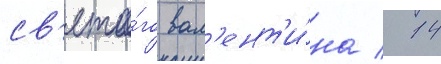
св'ято́го вал'ент'и́на / 14